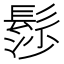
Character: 髿